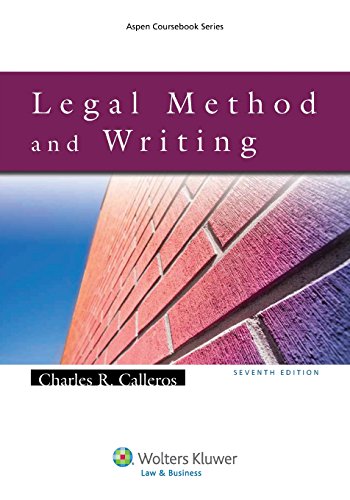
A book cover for Legal Method and Legal Writing, Seventh Edition (Aspen Coursebook); Charles R. Calleros; Law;